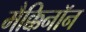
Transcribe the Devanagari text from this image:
मैक्किनॉन